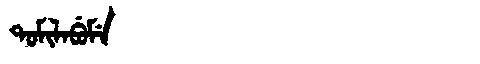
Manchu: ᡨᠣᠮᡳᠯᠠᠪᡠᠮᡝ
Romanization: TOMILABUME